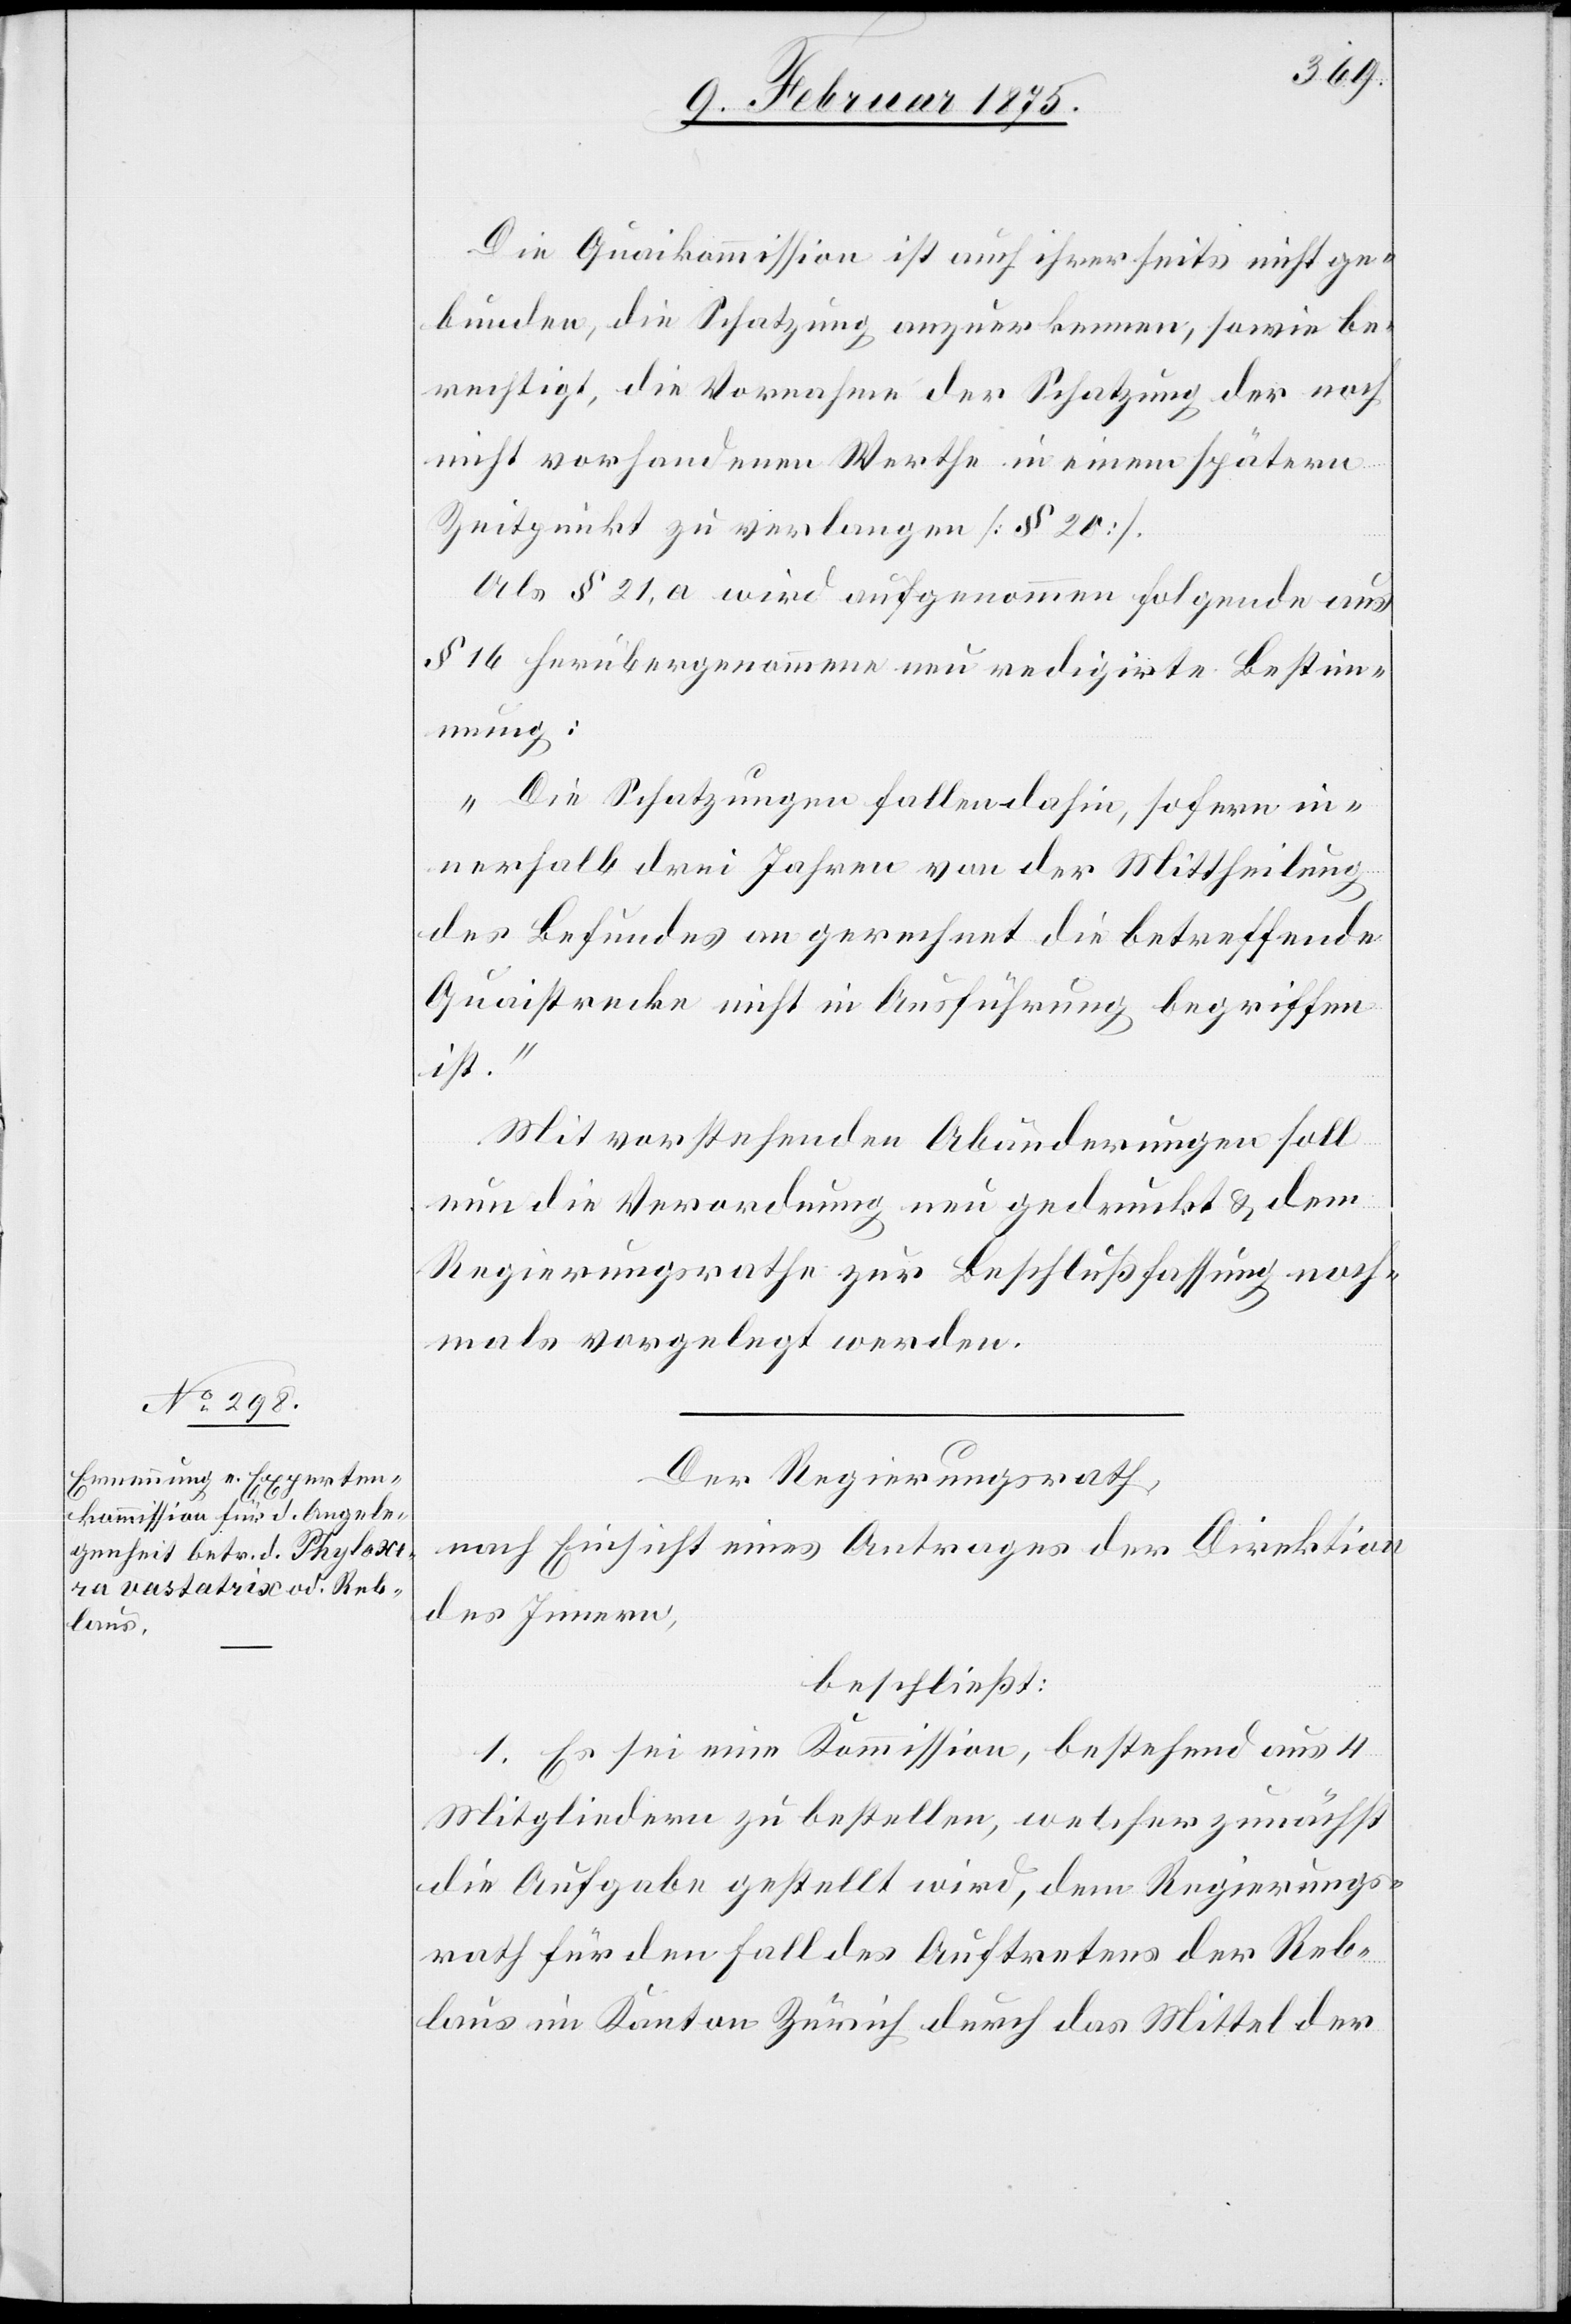
Die Quaikommission ist auch ihrerseits nicht ge¬
bunden, die Schatzung anzuerkennen, sowie be¬
rechtigt, die Vornahme der Schatzung der noch
nicht vorhandenen Werthe in einem spätern
Zeitpunkt zu verlangen (§ 20).
Als § 21, a wird aufgenommen folgende aus
§ 16 herübergenommene neu redigirte Bestim¬
mung:
„Die Schatzungen fallen dahin, sofern in¬
nerhalb drei Jahren von der Mittheilung
des Befundes an gerechnet die betreffende
Quaistrecke nicht in Ausführung begriffen
ist.“
Mit vorstehenden Abänderungen soll
nun die Verordnung neu gedruckt & dem
Regierungsrathe zur Beschlußfassung noch¬
mals vorgelegt werden.
Der Regierungsrath,
nach Einsicht eines Antrages der Direktion
des Innern,
beschließt:
1. Es sei eine Kommission, bestehend aus 4
Mitgliedern zu bestellen, welcher zunächst
die Aufgabe gestellt wird, dem Regierungs¬
rath für den Fall des Auftretens der Reb¬
laus im Kanton Zürich durch das Mittel der